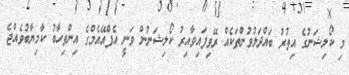
މި ކޯލިޝަނުގެ އިތުރު ބައްދަލުވުންތަކެއް ރޭވިފައިވާއިރު ކޯލިޝަނުން ވަނީ އެފްއޭއެމްގެ އިންތިހާބު ކާމިޔާބުވެއްޖެ